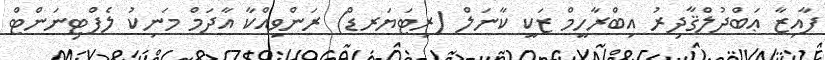
ފާއިޒާ ޢަބްދުލްޤާދިރު އިބްރާހީމް ޒަކީ ކާނަލް (ރިޓަޔަރޑް) ރަންވިއްކާ އާދަމް މަނިކު ލެފްޓިނަންޓް